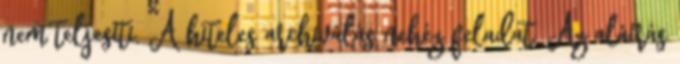
nem teljesíti. A hiteles archiválás nehéz feladat. Az aláírás